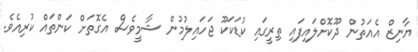
ޔާނިޒް އެއަތުން ދޫކޮށްލައިފައި ތިރީގައި ކުޑަކަކޫ ޖަހައިލުމުން ޝާމީވެސް އެގޮތަށް ކަންތައް ކުރިއެވެ.